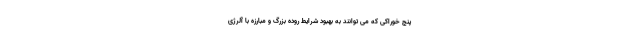
پنج خوراکی که می توانند به بهبود شرایط روده بزرگ و مبارزه با آلرژی